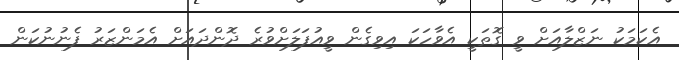
އެކަމަކު ނަޒްލާއަށް ވީ ގޮތަކީ އެވާހަކަ އިވިގެން ވީއުފަލަށްވުރެ ދޮންދައަށް އެމަންޒަރު ފެނުނުކަން